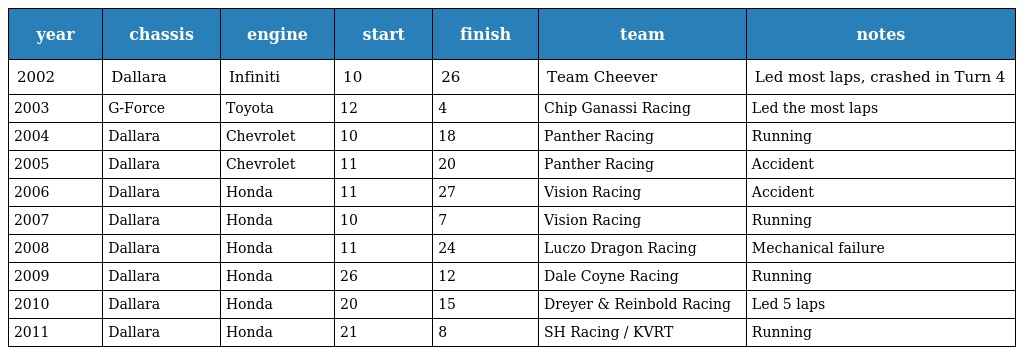
| year | chassis | engine | start | finish | team | notes |
 | --- | --- | --- | --- | --- | --- | --- |
 | 2002 | Dallara | Infiniti | 10 | 26 | Team Cheever | Led most laps, crashed in Turn 4 |
 | 2003 | G-Force | Toyota | 12 | 4 | Chip Ganassi Racing | Led the most laps |
 | 2004 | Dallara | Chevrolet | 10 | 18 | Panther Racing | Running |
 | 2005 | Dallara | Chevrolet | 11 | 20 | Panther Racing | Accident |
 | 2006 | Dallara | Honda | 11 | 27 | Vision Racing | Accident |
 | 2007 | Dallara | Honda | 10 | 7 | Vision Racing | Running |
 | 2008 | Dallara | Honda | 11 | 24 | Luczo Dragon Racing | Mechanical failure |
 | 2009 | Dallara | Honda | 26 | 12 | Dale Coyne Racing | Running |
 | 2010 | Dallara | Honda | 20 | 15 | Dreyer & Reinbold Racing | Led 5 laps |
 | 2011 | Dallara | Honda | 21 | 8 | SH Racing / KVRT | Running |